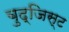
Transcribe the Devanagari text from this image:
बुद्जिस्ट